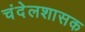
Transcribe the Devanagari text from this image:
चंदेलशासक